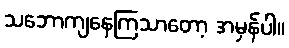
သဘောကျနေကြသာတော့ အမှန်ပါ။